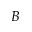
B